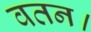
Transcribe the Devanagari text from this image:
वतन।